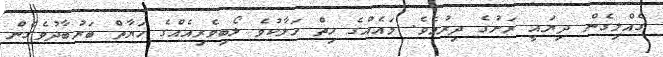
ގެއްލިގެން ދިޔައީ ރަށުގެ ދިރުމެވެ. މައެއްގެ ހިތް ހަލާކުވެ ލޯބިވެރިއެއްގެ ހަޔާތް ބަރުބާދުވެގެން